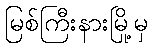
မြစ်ကြီးနားမြို့မှ